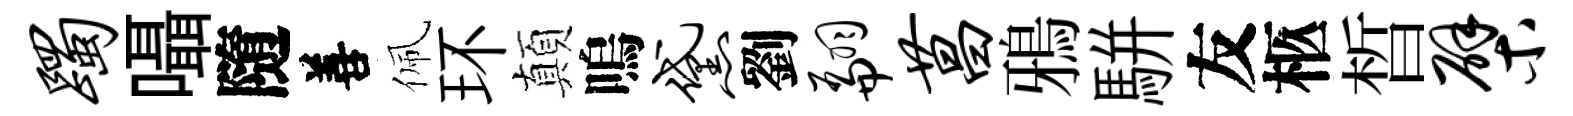
躅囁隨善佩环顛嗚黛劉翩菖鴉駢友柩晳檗